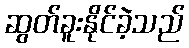
ဆွတ်ခူးနိုင်ခဲ့သည်